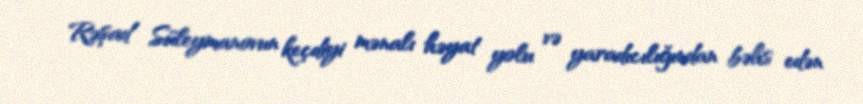
Rəşad Süleymanovun keçdiyi mənalı həyat yolu və yaradıcılığından bəhs edən